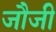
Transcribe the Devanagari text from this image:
जौजी